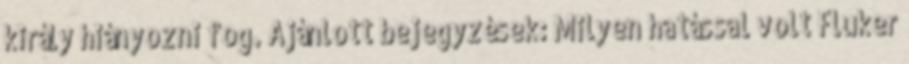
király hiányozni fog. Ajánlott bejegyzések: Milyen hatással volt Fluker